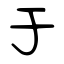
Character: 于